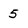
Character: 5